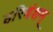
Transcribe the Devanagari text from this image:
हरिवंशम्